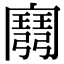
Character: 𢐭